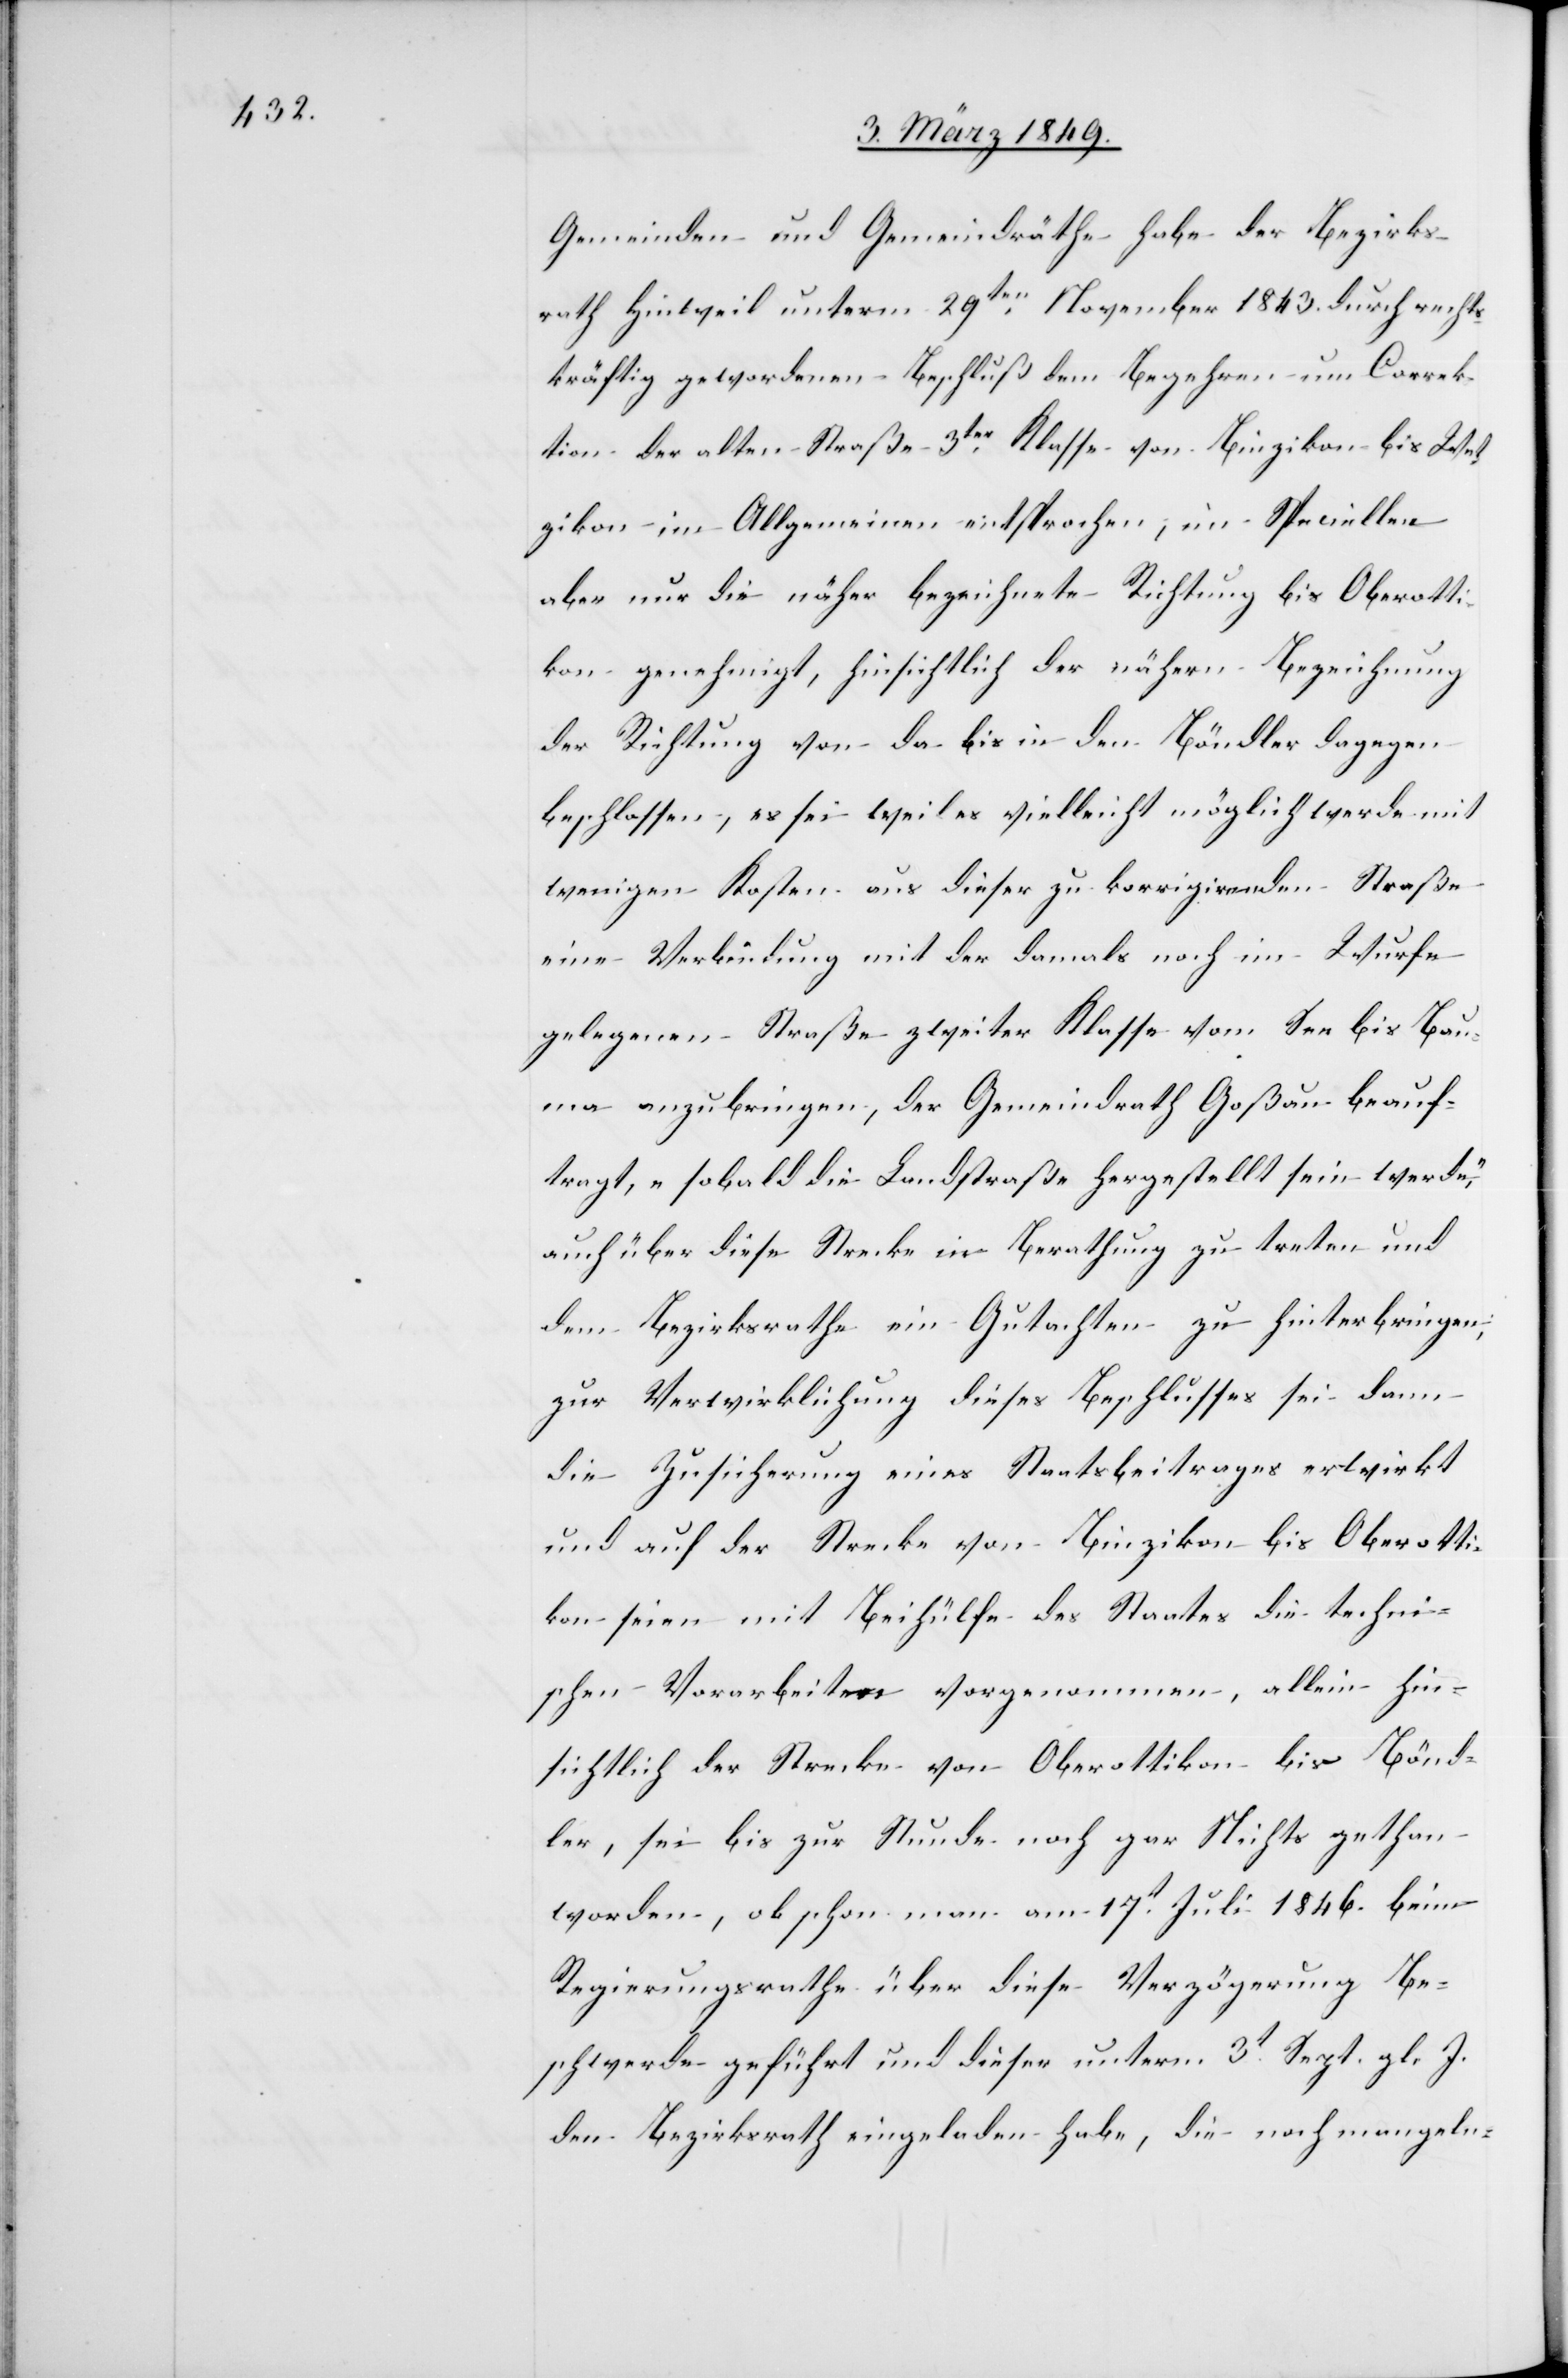
Gemeinden und Gemeindräthe habe der Bezirks¬
rath Hinweil unterm 29ten. November 1843. durch rechts¬
kräftig gewordenen Beschluß dem Begehren um Correk¬
tion der alten Straße 3ter. Klasse von Binzikon bis Wet¬
zikon im Allgemeinen entsprochen, im Speciellen
aber nur die näher bezeichnete Richtung bis Oberotti¬
kon genehmigt, hinsichtlich der nähern Bezeichnung
der Richtung von da bis in den Böndler dagegen
beschlossen, es sei weil es vielleicht möglich werde mit
wenigen Kosten aus dieser zu korrigirenden Straße
eine Verbindung mit der damals noch im Wurfe
gelegenen Straße zweiter Klasse vom See bis Bau¬
ma anzubringen, der Gemeindrath Goßau beauf¬
tragt, „sobald die Landstraße hergestellt sein werde,“
auch über diese Strecke in Berathung zu treten und
dem Bezirksrathe ein Gutachten zu hinterbringen;
zur Verwirklichung dieses Beschlusses sei dann
die Zusicherung eines Staatsbeitrages erwirkt
und auf der Strecke von Binzikon bis Oberotti¬
kon seien mit Beihülfe des Staates die techni¬
schen Vorarbeiten vorgenommen, allein hin¬
sichtlich der Strecke von Oberottikon bis Bönd¬
ler, sei bis zur Stunde noch gar Nichts gethan
worden, obschon man am 17t. Juli 1846. beim
Regierungsrathe über diese Verzögerung Be¬
schwerde geführt und dieser unterm 3t. Sept. gl. J.
den Bezirksrath eingeladen habe, die noch mangeln-